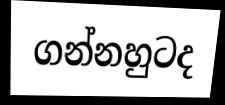
ගන්නහුටද